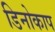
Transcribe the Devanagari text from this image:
डिनोकाप